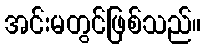
အင်းမတွင်ဖြစ်သည်။